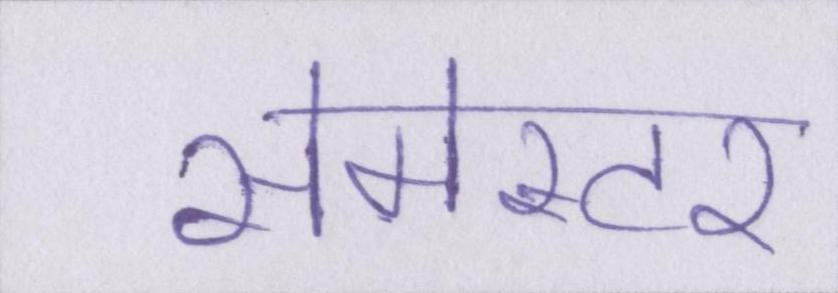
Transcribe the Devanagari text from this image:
सेमेस्टर